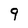
Character: 9